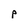
Character: p